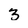
Character: 3